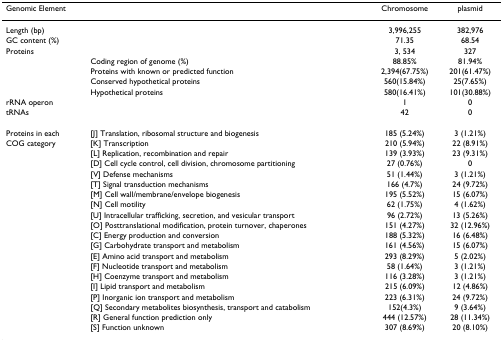
<table><thead><tr><td><b>Genomic Element</b></td><td></td><td><b>Chromosome</b></td><td><b>plasmid</b></td></tr></thead><tbody><tr><td>Length (bp)</td><td></td><td>3,996,255</td><td>382,976</td></tr><tr><td>GC content (%)</td><td></td><td>71.35</td><td>68.54</td></tr><tr><td>Proteins</td><td></td><td>3, 534</td><td>327</td></tr><tr><td></td><td>Coding region of genome (%)</td><td>88.85%</td><td>81.94%</td></tr><tr><td></td><td>Proteins with known or predicted function</td><td>2,394(67.75%)</td><td>201(61.47%)</td></tr><tr><td></td><td>Conserved hypothetical proteins</td><td>560(15.84%)</td><td>25(7.65%)</td></tr><tr><td></td><td>Hypothetical proteins</td><td>580(16.41%)</td><td>101(30.88%)</td></tr><tr><td>rRNA operon</td><td></td><td>1</td><td>0</td></tr><tr><td>tRNAs</td><td></td><td>42</td><td>0</td></tr><tr><td>Proteins in each</td><td>[J] Translation, ribosomal structure and biogenesis</td><td>185 (5.24%)</td><td>3 (1.21%)</td></tr><tr><td>COG category</td><td>[K] Transcription</td><td>210 (5.94%)</td><td>22 (8.91%)</td></tr><tr><td></td><td>[L] Replication, recombination and repair</td><td>139 (3.93%)</td><td>23 (9.31%)</td></tr><tr><td></td><td>[D] Cell cycle control, cell division, chromosome partitioning</td><td>27 (0.76%)</td><td>0</td></tr><tr><td></td><td>[V] Defense mechanisms</td><td>51 (1.44%)</td><td>3 (1.21%)</td></tr><tr><td></td><td>[T] Signal transduction mechanisms</td><td>166 (4.7%)</td><td>24 (9.72%)</td></tr><tr><td></td><td>[M] Cell wall/membrane/envelope biogenesis</td><td>195 (5.52%)</td><td>15 (6.07%)</td></tr><tr><td></td><td>[N] Cell motility</td><td>62 (1.75%)</td><td>4 (1.62%)</td></tr><tr><td></td><td>[U] Intracellular trafficking, secretion, and vesicular transport</td><td>96 (2.72%)</td><td>13 (5.26%)</td></tr><tr><td></td><td>[O] Posttranslational modification, protein turnover, chaperones</td><td>151 (4.27%)</td><td>32 (12.96%)</td></tr><tr><td></td><td>[C] Energy production and conversion</td><td>188 (5.32%)</td><td>16 (6.48%)</td></tr><tr><td></td><td>[G] Carbohydrate transport and metabolism</td><td>161 (4.56%)</td><td>15 (6.07%)</td></tr><tr><td></td><td>[E] Amino acid transport and metabolism</td><td>293 (8.29%)</td><td>5 (2.02%)</td></tr><tr><td></td><td>[F] Nucleotide transport and metabolism</td><td>58 (1.64%)</td><td>3 (1.21%)</td></tr><tr><td></td><td>[H] Coenzyme transport and metabolism</td><td>116 (3.28%)</td><td>3 (1.21%)</td></tr><tr><td></td><td>[I] Lipid transport and metabolism</td><td>215 (6.09%)</td><td>12 (4.86%)</td></tr><tr><td></td><td>[P] Inorganic ion transport and metabolism</td><td>223 (6.31%)</td><td>24 (9.72%)</td></tr><tr><td></td><td>[Q] Secondary metabolites biosynthesis, transport and catabolism</td><td>152(4.3%)</td><td>9 (3.64%)</td></tr><tr><td></td><td>[R] General function prediction only</td><td>444 (12.57%)</td><td>28 (11.34%)</td></tr><tr><td></td><td>[S] Function unknown</td><td>307 (8.69%)</td><td>20 (8.10%)</td></tr></tbody></table>